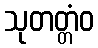
သုတတ္တံဝ